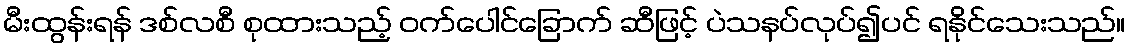
မီးထွန်းရန် ဒစ်လစီ စုထားသည့် ဝက်ပေါင်ခြောက် ဆီဖြင့် ပဲသနပ်လုပ်၍ပင် ရနိုင်သေးသည်။